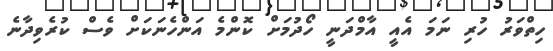
ހިތްވަރު ހުރި ނަމަ އެއީ އާމްދަނީ ހޯދުމަށް ކޮންމެ އަންހެނަކަށް ވެސް ކުރެވިދާނެ